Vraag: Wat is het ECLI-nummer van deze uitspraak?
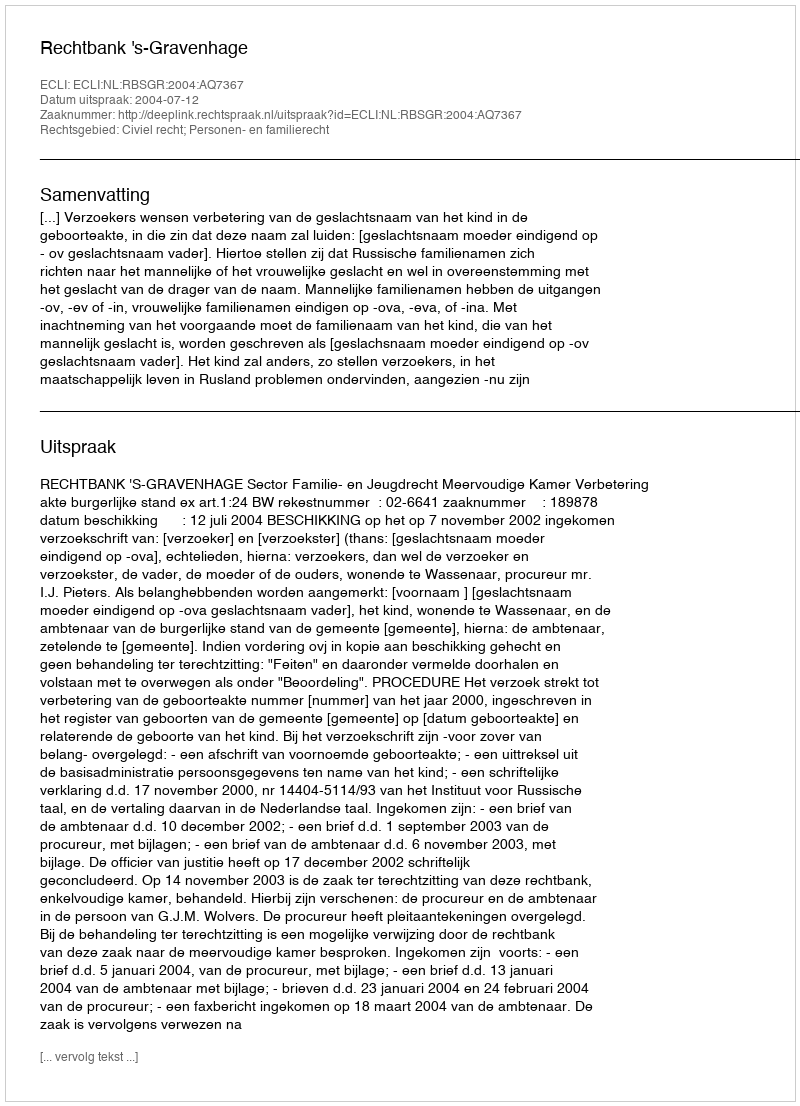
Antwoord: ECLI:NL:RBSGR:2004:AQ7367